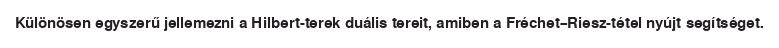
Különösen egyszerű jellemezni a Hilbert-terek duális tereit, amiben a Fréchet–Riesz-tétel nyújt segítséget.